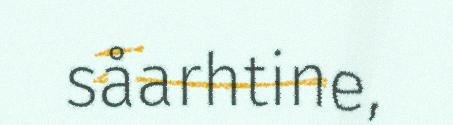
såarhtine,